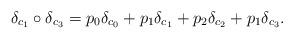
LaTeX: \begin{align*}\delta_{c_1} \circ \delta_{c_3} = p_0 \delta_{c_0} + p_1 \delta_{c_1} + p_2 \delta_{c_2} + p_1 \delta_{c_3}. \end{align*}